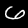
Label: 6